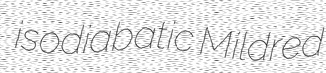
isodiabatic Mildred